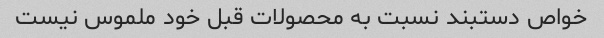
خواص دستبند نسبت به محصولات قبل خود ملموس نیست